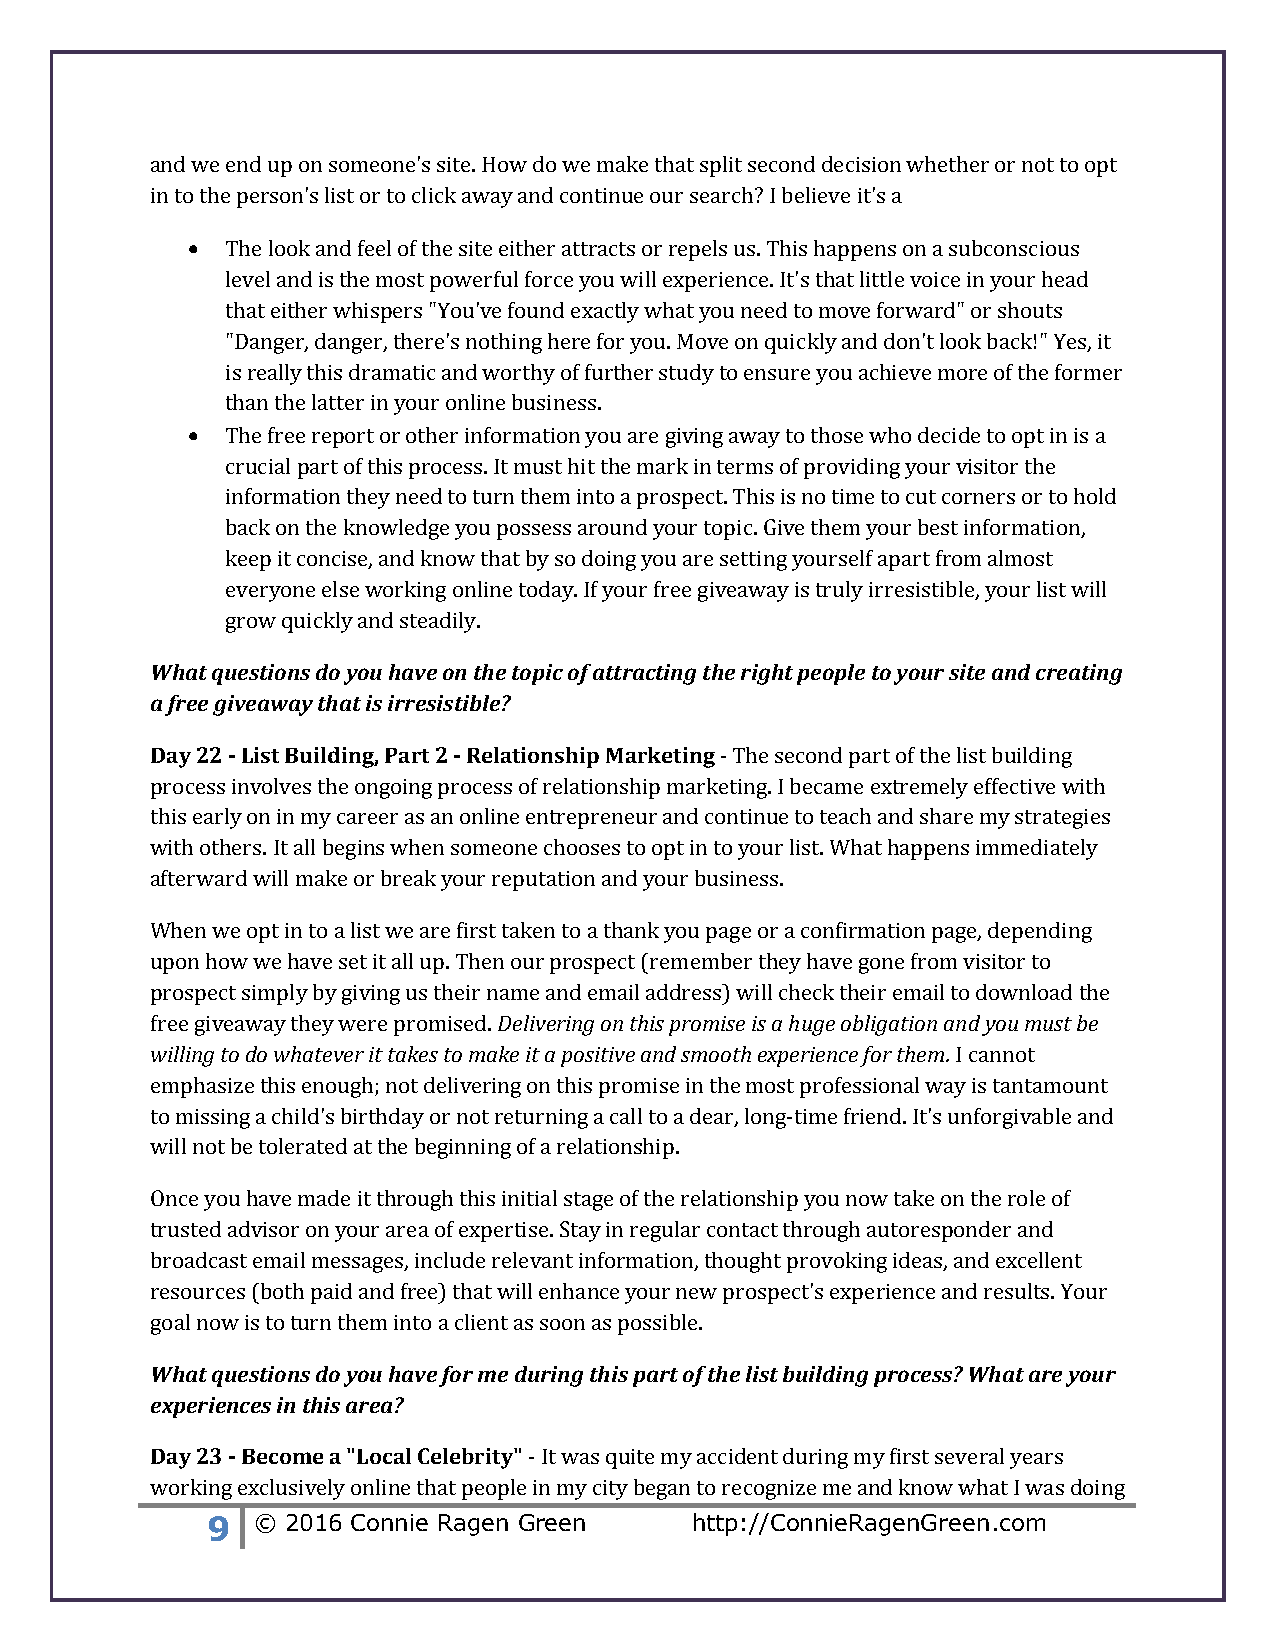
and we end up on someone's site. How do we make that split second decision whether or not to opt
 in to the person's list or to click away and continue our search? I believe it's a
   The look and feel of the site either attracts or repels us. This happens on a subconscious
 level and is the most powerful force you will experience. It's that little voice in your head
 that either whispers "You've found exactly what you need to move forward" or shouts
 "Danger, danger, there's nothing here for you. Move on quickly and don't look back!" Yes, it
 is really this dramatic and worthy of further study to ensure you achieve more of the former
 than the latter in your online business.
   The free report or other information you are giving away to those who decide to opt in is a
 crucial part of this process. It must hit the mark in terms of providing your visitor the
 information they need to turn them into a prospect. This is no time to cut corners or to hold
 back on the knowledge you possess around your topic. Give them your best information,
 keep it concise, and know that by so doing you are setting yourself apart from almost
 everyone else working online today. If your free giveaway is truly irresistible, your list will
 grow quickly and steadily.
 What questions do you have on the topic of attracting the right people to your site and creating
 a free giveaway that is irresistible?
 Day 22 - List Building, Part 2 - Relationship Marketing - The second part of the list building
 process involves the ongoing process of relationship marketing. I became extremely effective with
 this early on in my career as an online entrepreneur and continue to teach and share my strategies
 with others. It all begins when someone chooses to opt in to your list. What happens immediately
 afterward will make or break your reputation and your business.
 When we opt in to a list we are first taken to a thank you page or a confirmation page, depending
 upon how we have set it all up. Then our prospect (remember they have gone from visitor to
 prospect simply by giving us their name and email address) will check their email to download the
 free giveaway they were promised. Delivering on this promise is a huge obligation and you must be
 willing to do whatever it takes to make it a positive and smooth experience for them. I cannot
 emphasize this enough; not delivering on this promise in the most professional way is tantamount
 to missing a child's birthday or not returning a call to a dear, long-time friend. It's unforgivable and
 will not be tolerated at the beginning of a relationship.
 Once you have made it through this initial stage of the relationship you now take on the role of
 trusted advisor on your area of expertise. Stay in regular contact through autoresponder and
 broadcast email messages, include relevant information, thought provoking ideas, and excellent
 resources (both paid and free) that will enhance your new prospect's experience and results. Your
 goal now is to turn them into a client as soon as possible.
 What questions do you have for me during this part of the list building process? What are your
 experiences in this area?
 Day 23 - Become a "Local Celebrity" - It was quite my accident during my first several years
 working exclusively online that people in my city began to recognize me and know what I was doing
 9  © 2016 Connie Ragen Green    http://ConnieRagenGreen.com